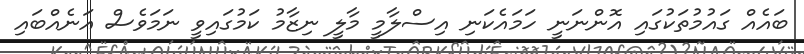
ބައެއް ގައުމުތަކުގައި އޮންނަނީ ހަމައެކަނި އިސްލާމީ މާލީ ނިޒާމު ކަމުގައިވީ ނަމަވެސް އަނެއްބައި